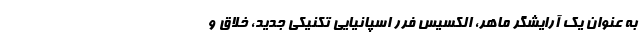
به عنوان یک آرایشگر ماهر، الکسیس فرر اسپانیایی تکنیکی جدید، خلاق و